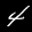
Label: 4